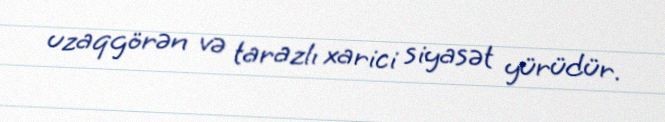
uzaqgörən və tarazlı xarici siyasət yürüdür.